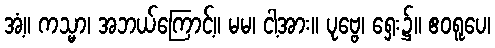
အံ့။ ကသ္မာ၊ အဘယ်ကြောင့်။ မမ၊ ငါ့အား။ ပုဗ္ဗေ၊ ရှေး၌။ ဧဝရူပေ၊